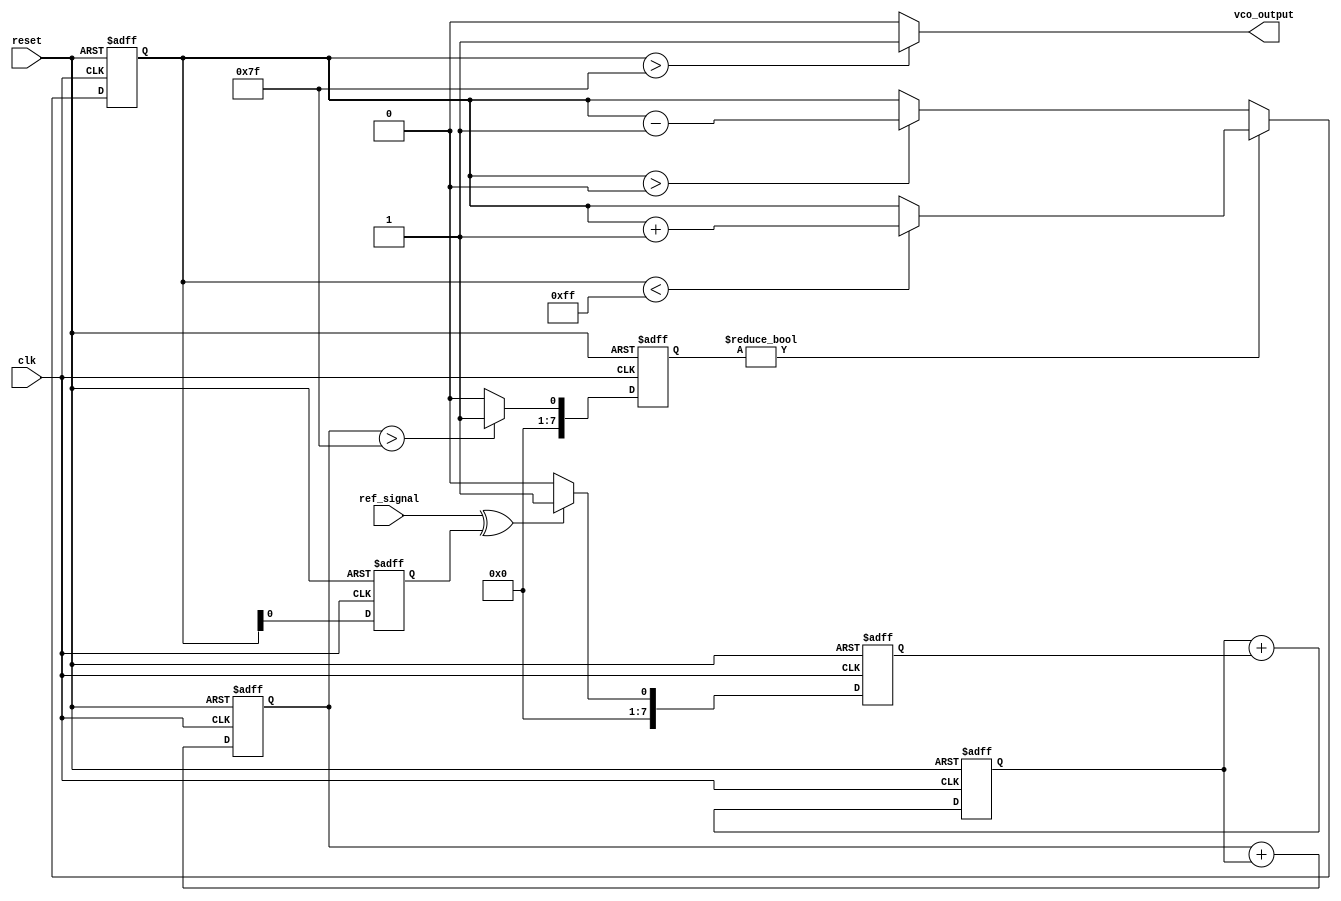
module sigma_delta_pll (
    input wire clk,               // System clock
    input wire reset,             // Reset signal
    input wire ref_signal,        // Reference input signal
    output wire vco_output        // VCO output signal
);

// Parameters
parameter N = 8;                 // Bit width for the sigma-delta modulator
parameter VCO_MAX_FREQ = 255;   // Maximum frequency for VCO
parameter VCO_MIN_FREQ = 0;     // Minimum frequency for VCO

// Internal signals
reg [N-1:0] phase_error;         // Phase error signal from phase detector
reg [N-1:0] control_voltage;      // Control voltage for VCO
reg [N-1:0] vco_freq;            // Current frequency of VCO
reg [N-1:0] integrator;          // Integrator for sigma-delta modulator
reg [N-1:0] sigma_delta_out;     // Output of sigma-delta modulator
reg feedback_signal;              // Feedback signal from VCO

// Phase Detector
always @(posedge clk or posedge reset) begin
    if (reset) begin
        phase_error <= 0;
    end else begin
        // Simple phase detector logic (PWM generation)
        phase_error <= (ref_signal ^ feedback_signal) ? 1 : 0; // Example phase comparison
    end
end

// Loop Filter (Simple first-order filter)
always @(posedge clk or posedge reset) begin
    if (reset) begin
        control_voltage <= 0;
    end else begin
        control_voltage <= control_voltage + phase_error; // Integrate phase error
    end
end

// Sigma-Delta Modulator
always @(posedge clk or posedge reset) begin
    if (reset) begin
        integrator <= 0;
        sigma_delta_out <= 0;
    end else begin
        integrator <= integrator + control_voltage; // Integrate control voltage
        sigma_delta_out <= (integrator > (VCO_MAX_FREQ / 2)) ? 1 : 0; // Comparator
    end
end

// Voltage-Controlled Oscillator (VCO)
always @(posedge clk or posedge reset) begin
    if (reset) begin
        vco_freq <= VCO_MIN_FREQ; // Initialize VCO frequency
        feedback_signal <= 0;      // Initialize feedback signal
    end else begin
        // Update VCO frequency based on sigma-delta output
        if (sigma_delta_out) begin
            if (vco_freq < VCO_MAX_FREQ) begin
                vco_freq <= vco_freq + 1; // Increase frequency
            end
        end else begin
            if (vco_freq > VCO_MIN_FREQ) begin
                vco_freq <= vco_freq - 1; // Decrease frequency
            end
        end
        feedback_signal <= vco_freq[0]; // Feedback signal (example)
    end
end

// Output the VCO frequency as a square wave
assign vco_output = (vco_freq > (VCO_MAX_FREQ / 2)) ? 1 : 0;

endmodule